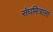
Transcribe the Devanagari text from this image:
संघमित्राला